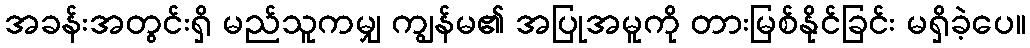
အခန်းအတွင်းရှိ မည်သူကမျှ ကျွန်မ၏ အပြုအမူကို တားမြစ်နိုင်ခြင်း မရှိခဲ့ပေ။